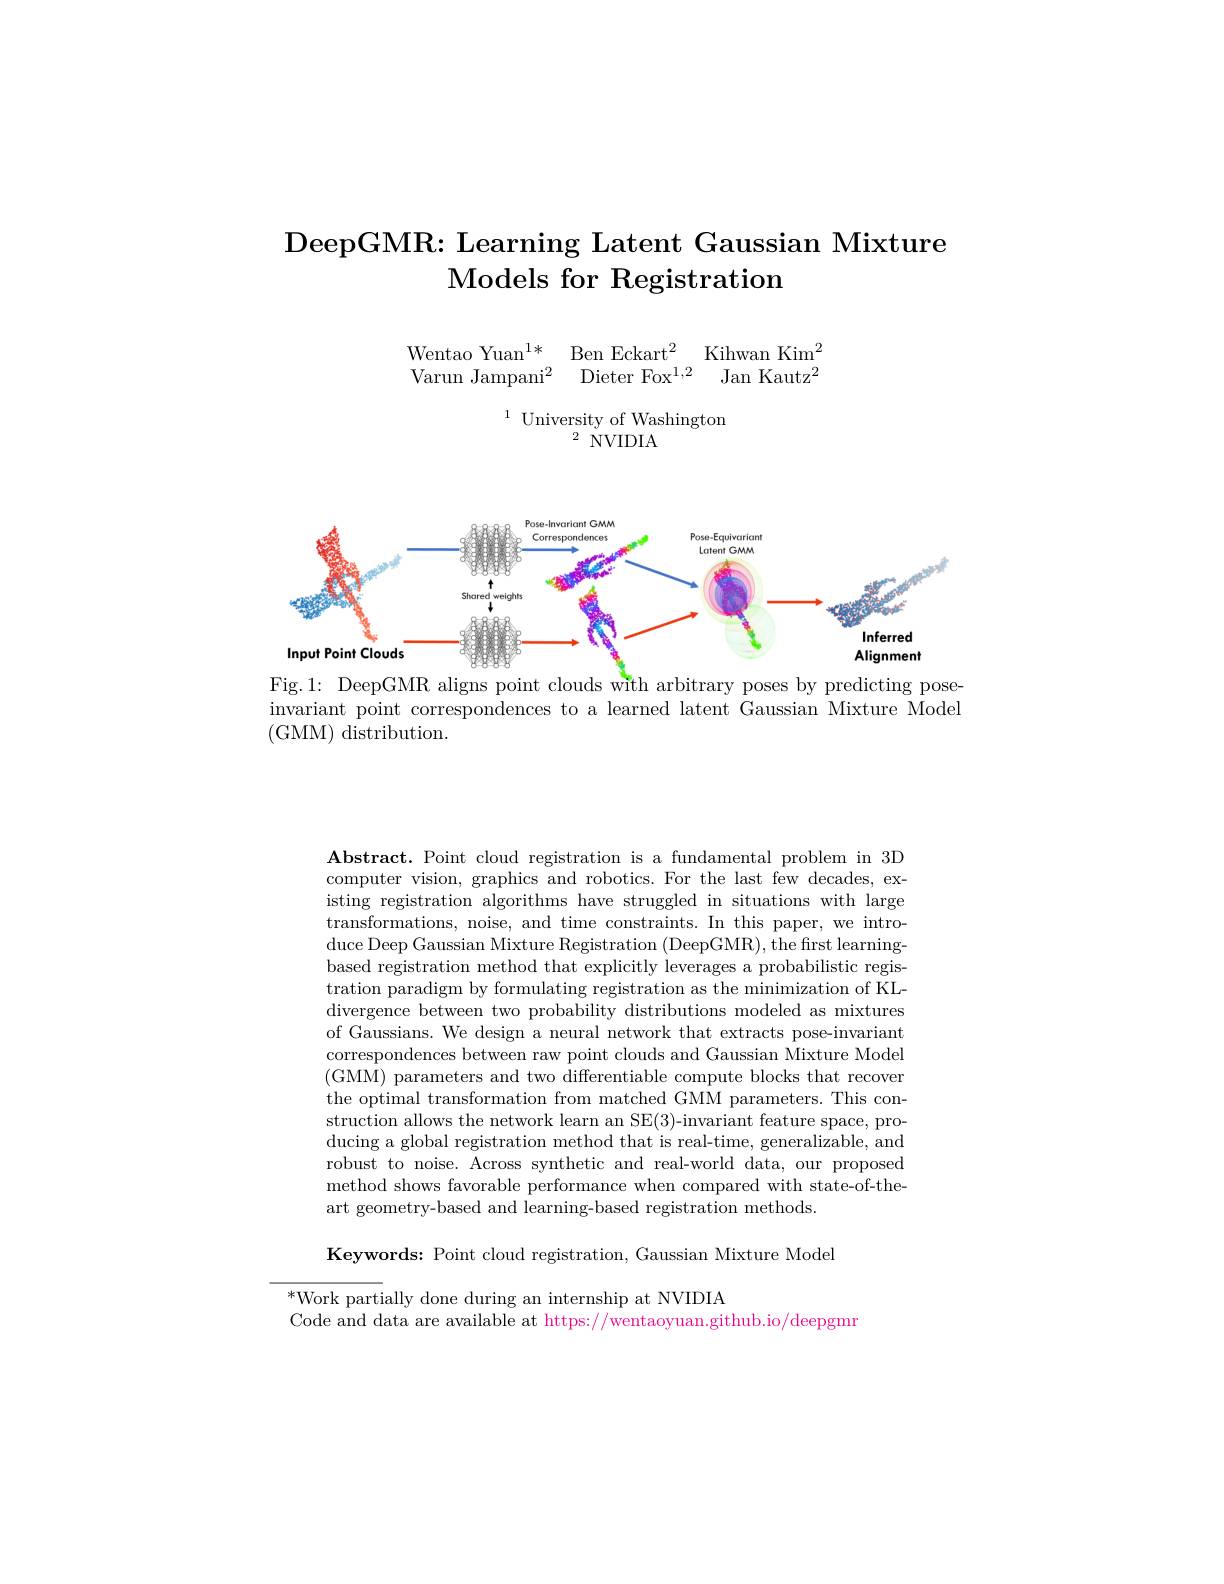
# DeepGMR: Learning Latent Gaussian Mixture Models for Registration

$\begin{array}{ll}\text{Wentao Yuan}^{1*}&\text{Ben Eckart}^2&\text{Kihwan Kim}^2\\\text{Varun Jampani}^2&\text{Dieter Fox}^{1,2}&\text{Jan Kautz}^2\end{array}$

$^{1}$ University of Washington
${}^{2}{}$NVIDIA

<FigureHere>

Fig.1: DeepGMR aligns point clouds with arbitrary poses by predicting poseinvariant point correspondences to a learned latent Gaussian Mixture Model (GMM) distribution.

Abstract. Point cloud registration is a fundamental problem in 3D computer vision, graphics and robotics. For the last few decades, existing registration algorithms have struggled in situations with large transformations, noise, and time constraints. In this paper, we introduce Deep Gaussian Mixture Registration (DeepGMR), the first learningbased registration method that explicitly leverages a probabilistic registration paradigm by formulating registration as the minimization of KLdivergence between two probability distributions modeled as mixtures of Gaussians. We design a neural network that extracts pose-invariant correspondences between raw point clouds and Gaussian Mixture Model $(\bar{\mathrm{GMM}})$ parameters and two differentiable compute blocks that recover the optimal transformation from matched GMM parameters. This construction allows the network learn an SE(3)-invariant feature space, producing a global registration method that is real-time, generalizable, and robust to noise. Across synthetic and real-world data, our proposed method shows favorable performance when compared with state-of-theart geometry-based and learning-based registration methods.

Keywords: Point cloud registration, Gaussian Mixture Model

$^{*}$Work partially done during an internship at NVIDIA
Code and data are available at https://wentaoyuan.github.io/deepgmn